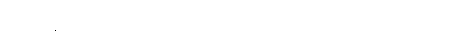
အသလ္လီနတ္တပဟိတတ္တ ပဂ္ဂဟဋ္ဌော၊ မတွန့်သော။ လ။ ချီးမြှောက်ခြင်းသဘော။